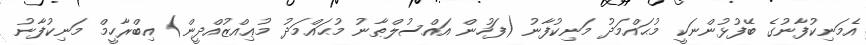
އެމަނިކުފާނުގެ ބޭފުޅުންނަކީ މުޙައްމަދު މަނިކުފާނު (ފަހުން އައްސުލްޠާނު މުޙައްމަދު މުޢިއްޒުއްދީން) އިބްރާހީމް މަނިކުފާނު